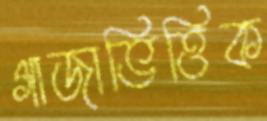
গাজাভিত্তিক